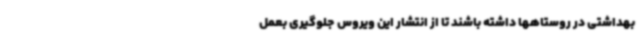
بهداشتی در روستاهها داشته باشند تا از انتشار این ویروس جلوگیری بعمل